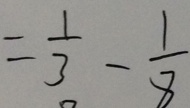
= \frac { 1 } { 3 } - \frac { 1 } { 8 }